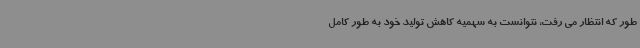
طور که انتظار می رفت، نتوانست به سهمیه کاهش تولید خود به طور کامل